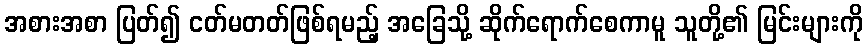
အစားအစာ ပြတ်၍ ငတ်မတတ်ဖြစ်ရမည့် အခြေသို့ ဆိုက်ရောက်စေကာမူ သူတို့၏ မြင်းများကို